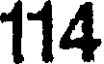
114